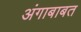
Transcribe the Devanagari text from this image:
अंगाबाबत